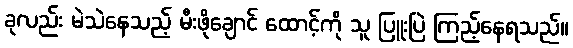
ခုလည်း မဲသဲနေသည့် မီးဖိုချောင် ထောင့်ကို သူ ပြူးပြဲ ကြည့်နေရသည်။